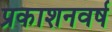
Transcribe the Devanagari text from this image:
प्रकाशनवर्ष